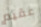
عقيم